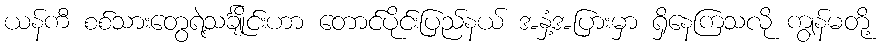
ယန်ကီ စစ်သားတွေရဲ့သင်္ချိုင်းဟာ တောင်ပိုင်းပြည်နယ် အနှံ့အပြားမှာ ရှိနေကြသလို ကျွန်မတို့